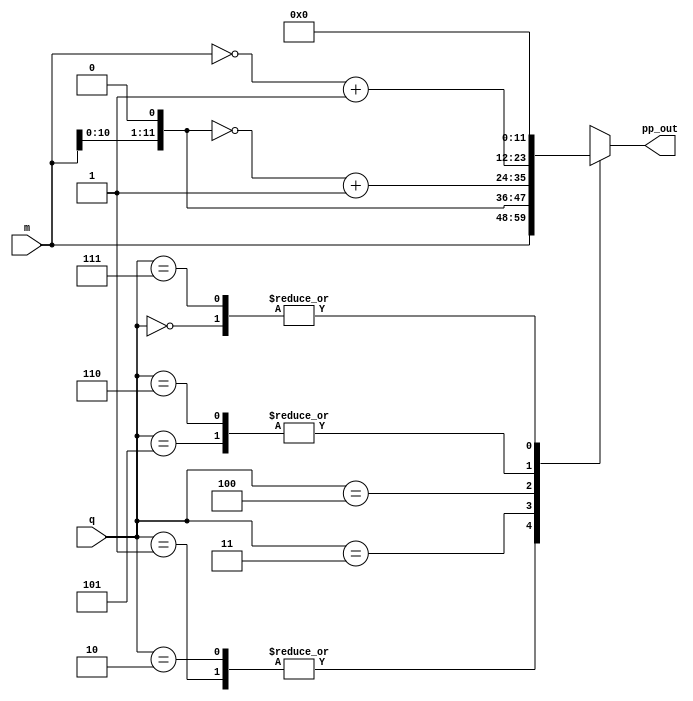
module partialproduct(pp_out, q, m);
	input [11:0] m;
	input [2:0] q;

	output reg [11:0] pp_out = 12'd0;

	always @(*)
	begin
		case(q)
		3'd0: pp_out = 12'd0;
		3'd1: pp_out = m;
		3'd2: pp_out = m;
		3'd3: pp_out = m<<1;
		3'd4: pp_out = ~(m<<1)+12'd1;
		3'd5: pp_out = ~m+12'd1;
		3'd6: pp_out = ~m + 12'd1;
		3'd7: pp_out = 12'd0;
		default: pp_out = 12'bz;
		endcase
	end
endmodule